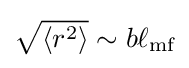
{\sqrt {\langle r^{2}\rangle }}\sim b\ell _{\text{mf}}